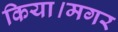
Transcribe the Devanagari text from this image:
किया।मगर